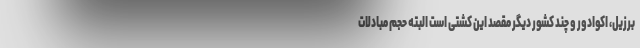
برزیل، اکوادور و چند کشور دیگر مقصد این کشتی است البته حجم مبادلات